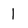
Character: l